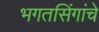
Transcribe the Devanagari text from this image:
भगतसिंगांचे